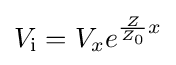
V_{\mathrm {i} }=V_{x}e^{{\frac {Z}{Z_{0}}}x}